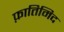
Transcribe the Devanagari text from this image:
फ़ातिमिद